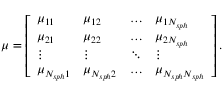
\begin{array} { r } { \boldsymbol \mu = \left[ \begin{array} { l l l l } { \mu _ { 1 1 } } & { \mu _ { 1 2 } } & { \hdots } & { \mu _ { 1 N _ { s p h } } } \\ { \mu _ { 2 1 } } & { \mu _ { 2 2 } } & { \hdots } & { \mu _ { 2 N _ { s p h } } } \\ { \vdots } & { \vdots } & { \ddots } & { \vdots } \\ { \mu _ { N _ { s p h } 1 } } & { \mu _ { N _ { s p h } 2 } } & { \hdots } & { \mu _ { N _ { s p h } N _ { s p h } } } \end{array} \right] . } \end{array}